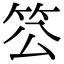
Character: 䇗